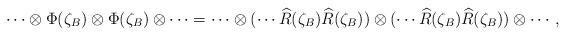
LaTeX: \begin{align*}\cdots\otimes\Phi(\zeta_B)\otimes\Phi(\zeta_B)\otimes\cdots = \cdots\otimes(\cdots\widehat{R}(\zeta_B)\widehat{R}(\zeta_B))\otimes (\cdots\widehat{R}(\zeta_B)\widehat{R}(\zeta_B))\otimes\cdots,\end{align*}